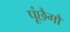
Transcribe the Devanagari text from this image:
पूंछैगौ